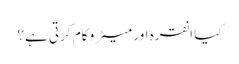
کیا انقرہ اور میٹرو کام کرتی ہے؟